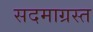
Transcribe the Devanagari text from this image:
सदमाग्रस्त